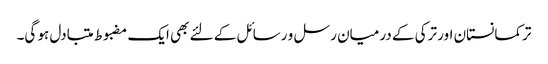
ترکمانستان اور ترکی کے درمیان رسل و رسائل کے لئے بھی ایک مضبوط متبادل ہو گی۔